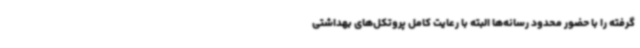
گرفته را با حضور محدود رسانه‌ها البته با رعایت کامل پروتکل‌های بهداشتی